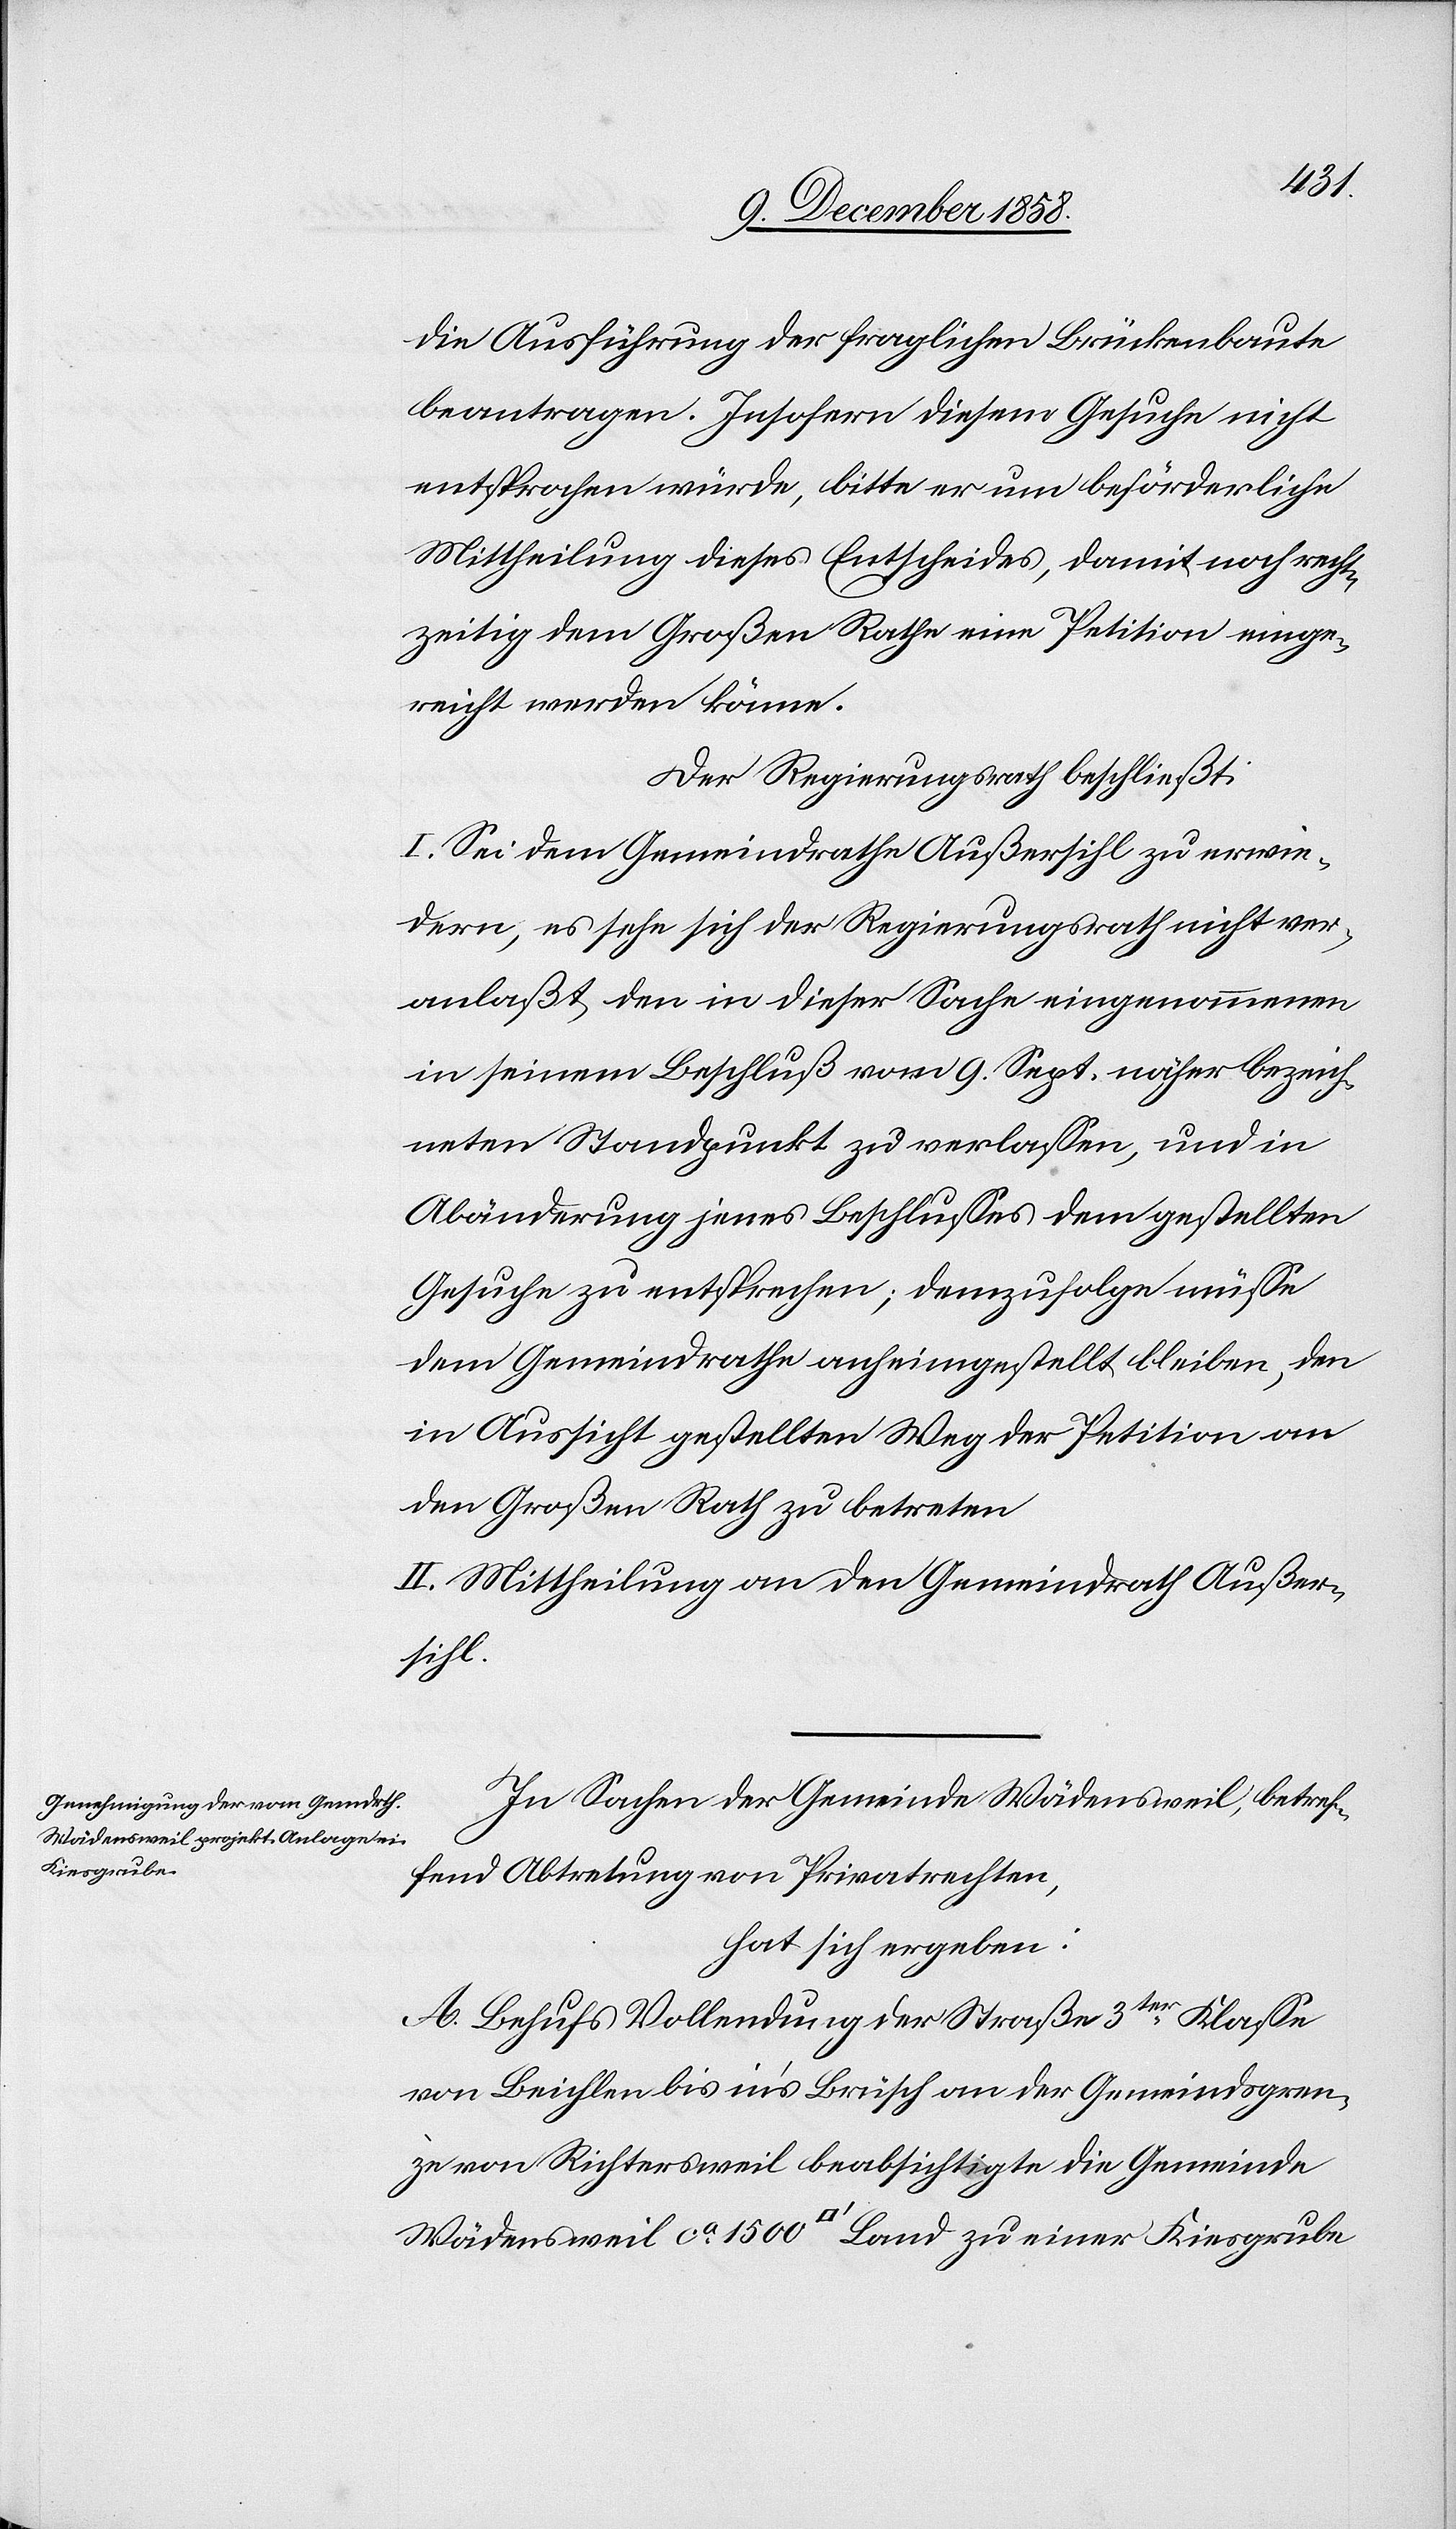
Kiesgrube

1500
die Ausführung der fraglichen Brückenbaute
beantragen. Insofern diesem Gesuche nicht
entsprochen würde, bitte er um beförderliche
Mittheilung dieses Entscheides, damit noch recht¬
zeitig dem Großen Rathe eine Petition einge¬
reicht werden könne.
Der Regierungsrath beschließt:
I. Sei dem Gemeindrathe Außersihl zu erwie¬
dern, es sehe sich der Regierungsrath nicht ver¬
anlaßt, den in dieser Sache eingenommenen
in seinem Beschluß vom 9. Sept. näher bezeich¬
neten Standpunkt zu verlassen, und in
Abänderung jenes Beschlusses dem gestellten
Gesuche zu entsprechen; demzufolge müsse
dem Gemeindrathe anheimgestellt bleiben, den
in Aussicht gestellten Weg der Petition an
den Großen Rath zu betreten
II. Mittheilung an den Gemeindrath Außer¬
sihl.
In Sachen der Gemeinde Wädensweil, betref¬
fend Abtretung von Privatrechten,
hat sich ergeben:
A. Behufs Vollendung der Straße 3ter Klasse
von Beichlen bis in’s Brüsch an der Gemeindsgren¬
ze von Richtersweil beabsichtigte die Gemeinde